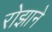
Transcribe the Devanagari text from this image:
रोझाने